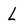
Character: L